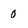
Character: 0